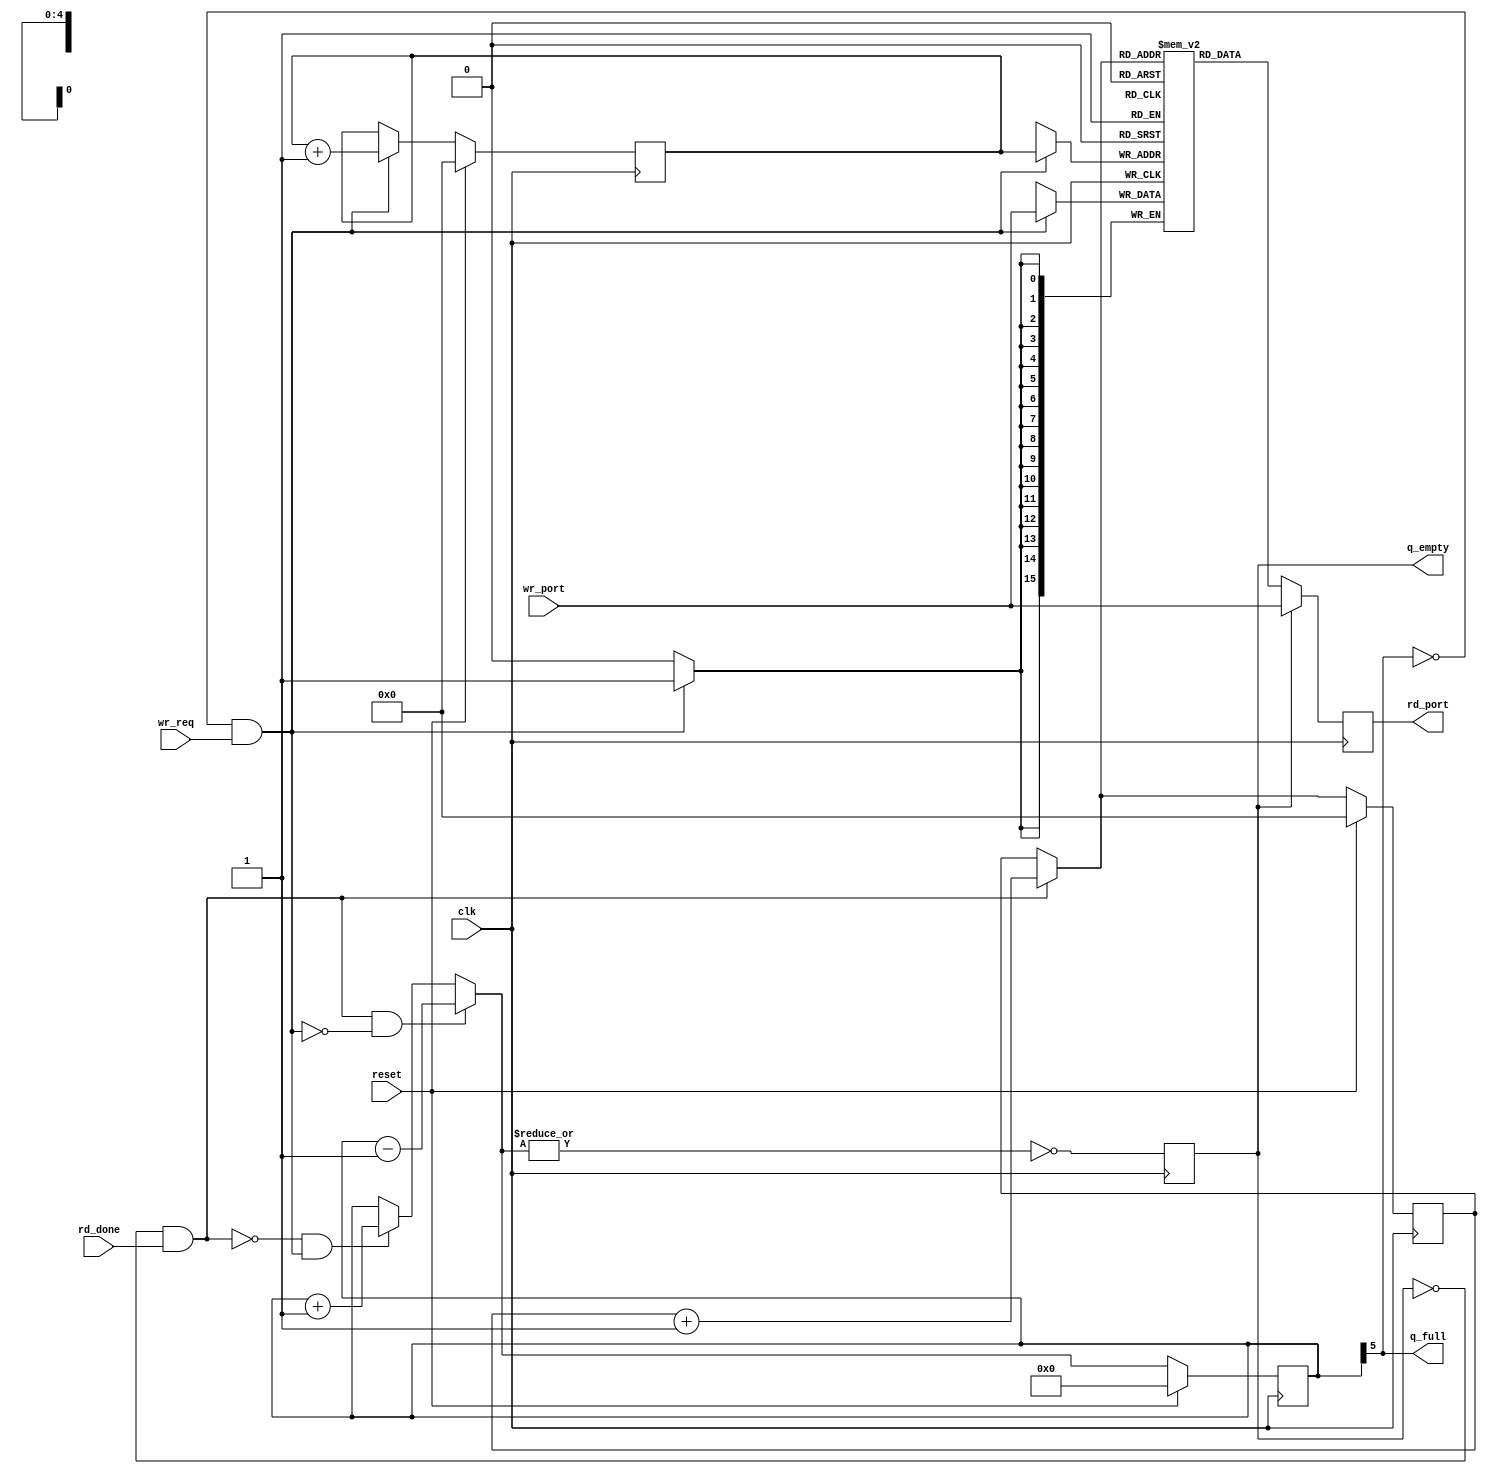
module fifo #(parameter width = 16)
(
	input clk,
	input reset,

	// Write port
	input  [(width-1):0] wr_port,  // Data in port
	input                wr_req,   // Request to add data into the queue
	output               q_full,   // The queue is full (cannot write any more)

	// Read port
	output [(width-1):0] rd_port,  // Next data in the queue
	output               q_empty,  // The queue is empty! (cannot read!)
	input                rd_done   // The user read the current data within the queue
);

parameter max_entries = 32; // Num mem entries
parameter entrysz = 5;      // Log2(Num entries) (set for 32 entries fifo)

reg [(width-1):0] entries [0:(max_entries-1)];

initial $dumpvars(0, write_ptr);
initial $dumpvars(0, read_ptr);
initial $dumpvars(0, nentries);
initial $dumpvars(0, nentries_next);
initial $dumpvars(0, reading);
initial $dumpvars(0, writing);
initial $dumpvars(0, rd_port);

// The MSB bit of the rd/wr pointer is used for wraping purposes
// So when rd=wr means it's empty and when wr = rd + N (where N is
// queue size) means that it's full.

// N entries logic
reg  [entrysz:0]  nentries;
wire [entrysz:0]  nentries_next;

assign nentries_next = (reading & !writing) ? nentries - 1'b1 :
                       (!reading & writing) ? nentries + 1'b1 :
                                              nentries;

// Pointers logic
reg  [(entrysz-1):0]  write_ptr, read_ptr;
wire [(entrysz-1):0]  next_write_ptr, next_read_ptr;

assign next_write_ptr = (writing) ? write_ptr + 1'b1 : write_ptr;
assign next_read_ptr  = (reading) ? read_ptr  + 1'b1 :  read_ptr;

always @(posedge clk)
begin
	int_q_empty <= next_q_empty;

	if (reset) begin
		nentries <= 0;
		read_ptr <= 0;
		write_ptr <= 0;
	end else begin
		nentries <= nentries_next;
		read_ptr <= next_read_ptr;
		write_ptr <= next_write_ptr;
	end
end

// Full & empty logic
wire next_q_empty;
reg  int_q_empty;

assign next_q_empty = ~(|nentries_next);

// Read & Write signals
wire writing, reading;
assign writing = !q_full  &&  wr_req;
assign reading = !q_empty && rd_done;

reg [(width-1):0]   rd_port_int;

always @(posedge clk)
begin
	// Write port
	if (writing)
		entries[write_ptr] <= wr_port;

	// Read port
	if (q_empty)
		rd_port_int <= wr_port;
	else
		rd_port_int <= entries[next_read_ptr];
end

// OUTPUTS!

// Control signal for reader & writer
assign q_full = nentries[entrysz];
assign q_empty = int_q_empty;

// Read logic
assign rd_port = rd_port_int;

endmodule